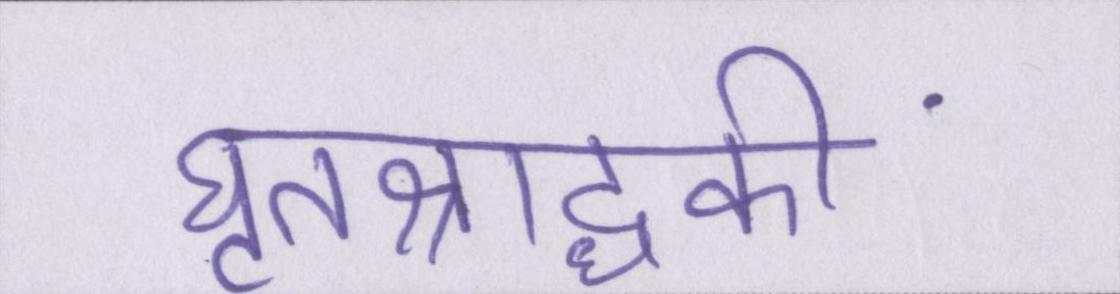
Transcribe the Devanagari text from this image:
घृतश्राद्धकी